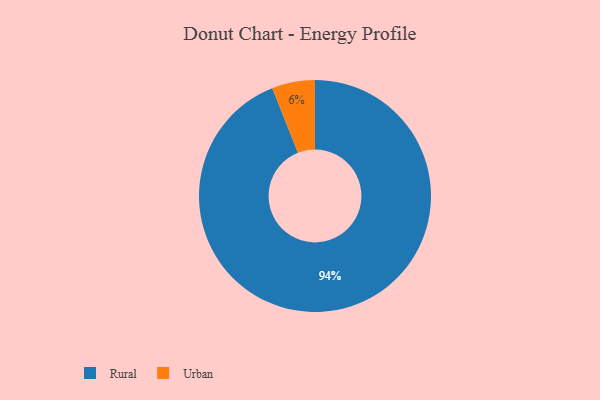
{"axis": {"x": "Category", "y": "Percentage"}, "legend": ["Rural", "Urban"], "data": [{"x": "Rural", "y": 94, "type": "Rural"}, {"x": "Urban", "y": 6, "type": "Urban"}]}